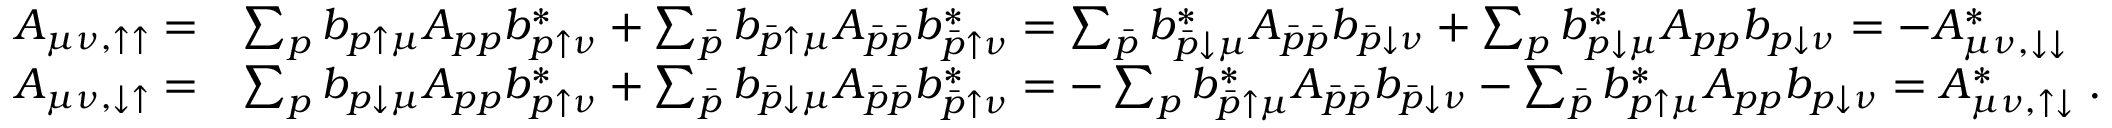
\begin{array} { r l } { A _ { \mu \nu , \uparrow \uparrow } = } & { \sum _ { p } b _ { p \uparrow \mu } A _ { p p } b _ { p \uparrow \nu } ^ { * } + \sum _ { \bar { p } } b _ { \bar { p } \uparrow \mu } A _ { \bar { p } \bar { p } } b _ { \bar { p } \uparrow \nu } ^ { * } = \sum _ { \bar { p } } b _ { \bar { p } \downarrow \mu } ^ { * } A _ { \bar { p } \bar { p } } b _ { \bar { p } \downarrow \nu } + \sum _ { p } b _ { p \downarrow \mu } ^ { * } A _ { p p } b _ { p \downarrow \nu } = - A _ { \mu \nu , \downarrow \downarrow } ^ { * } } \\ { A _ { \mu \nu , \downarrow \uparrow } = } & { \sum _ { p } b _ { p \downarrow \mu } A _ { p p } b _ { p \uparrow \nu } ^ { * } + \sum _ { \bar { p } } b _ { \bar { p } \downarrow \mu } A _ { \bar { p } \bar { p } } b _ { \bar { p } \uparrow \nu } ^ { * } = - \sum _ { p } b _ { \bar { p } \uparrow \mu } ^ { * } A _ { \bar { p } \bar { p } } b _ { \bar { p } \downarrow \nu } - \sum _ { \bar { p } } b _ { p \uparrow \mu } ^ { * } A _ { p p } b _ { p \downarrow \nu } = A _ { \mu \nu , \uparrow \downarrow } ^ { * } \; . } \end{array}